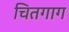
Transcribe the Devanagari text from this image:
चितगाग